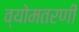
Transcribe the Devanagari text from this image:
व्योमतरणी